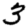
Digit: 3